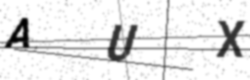
Text: AUX